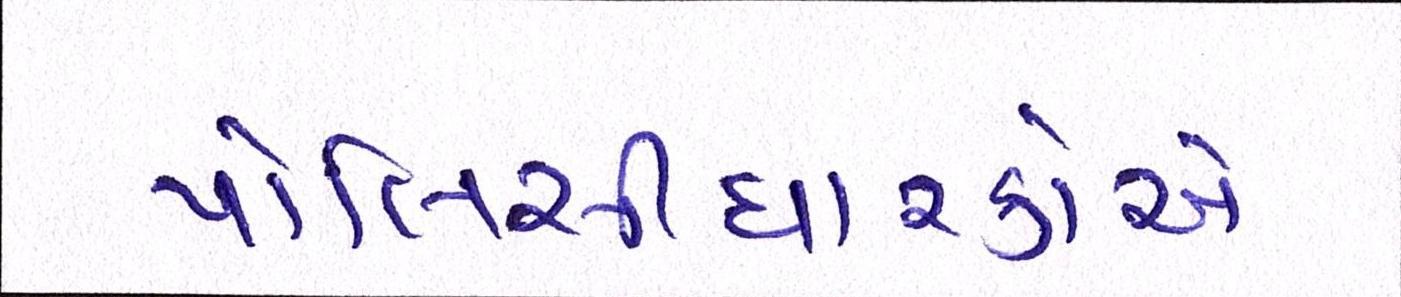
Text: પોલિસીધારકોએ